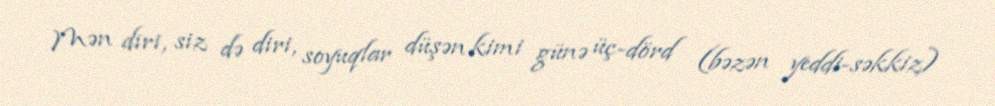
Mən diri, siz də diri, soyuqlar düşən kimi günə üç-dörd (bəzən yeddi-səkkiz)